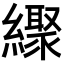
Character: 𦆜